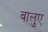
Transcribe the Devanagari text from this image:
वालुए